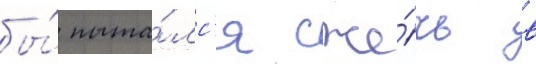
бы́ пыта́лс'я сже́чь в